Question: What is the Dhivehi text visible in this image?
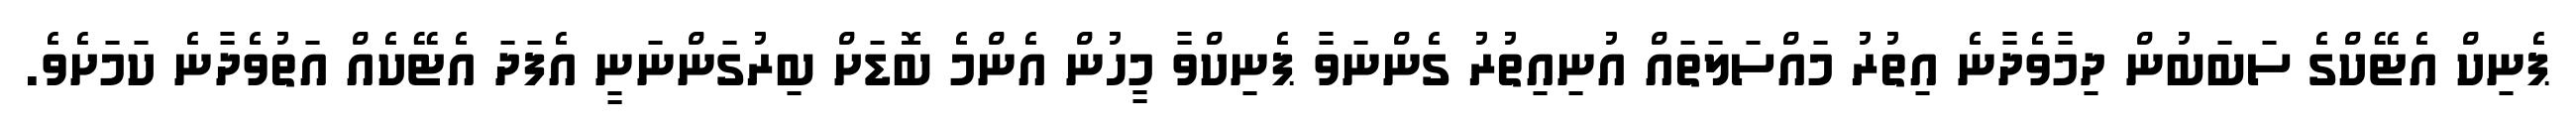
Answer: ޕެނިކް އެޓޭކްގެ ސަބަބުން ދިމާވެދާނެ އިތުރު މައްސަލަތައް އުނިއިތުރު ގެންނަވާ ޕެނިކްވާ މީހުން އެންމެ ބޮޑަށް ބިރުގަންނަނީ އެފަދަ އެޓޭކެއް އަތުވެދާނެ ކަމަށެވެ.